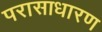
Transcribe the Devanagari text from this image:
परासाधारण